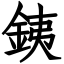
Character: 銕